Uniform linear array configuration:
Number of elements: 64
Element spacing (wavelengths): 0.25
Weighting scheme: hann
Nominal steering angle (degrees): -15
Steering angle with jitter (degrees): -15.371
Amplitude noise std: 0.05
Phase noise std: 0.05

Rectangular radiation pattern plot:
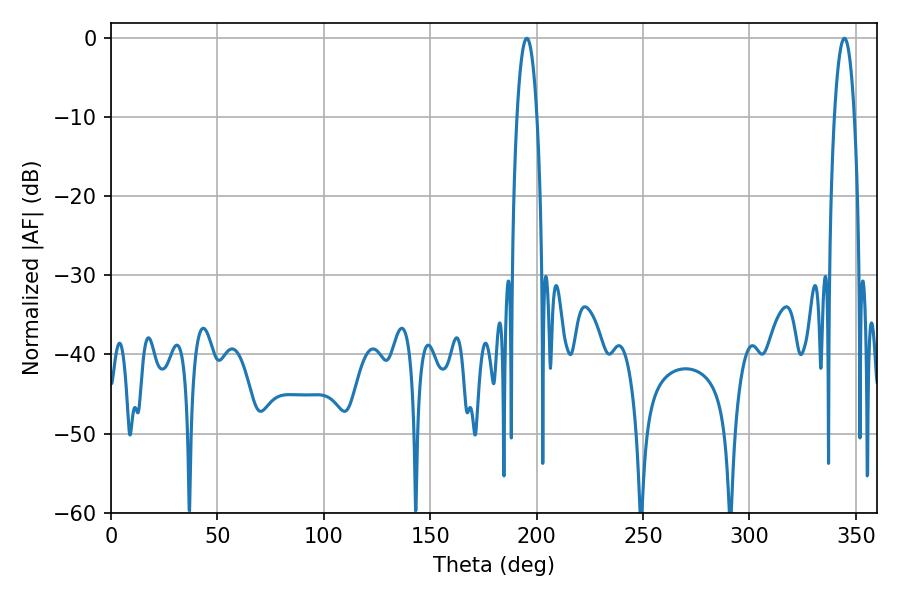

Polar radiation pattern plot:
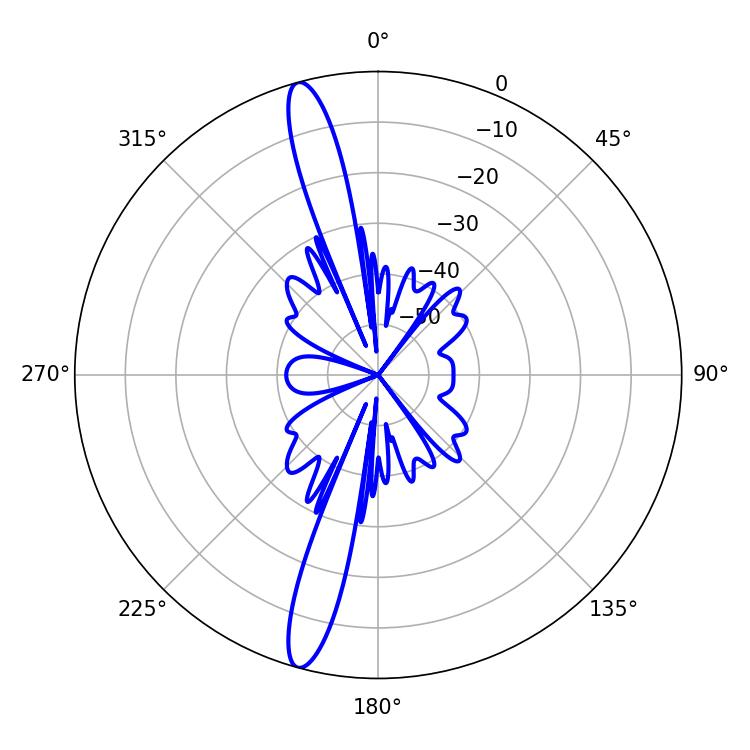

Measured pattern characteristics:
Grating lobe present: FALSE
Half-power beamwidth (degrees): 5.22
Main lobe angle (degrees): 195.3